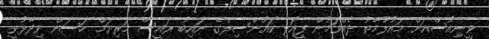
ވީނިއުސްއަށް މައުލޫމާތު ދެެއްވަމުން ފީއަލި ކައުންސިލްގެ ނައިބު ރައީސް މަރިޔަމް ހަސަން ވިދާޅުވީ